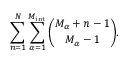
\sum _ { n = 1 } ^ { N } \sum _ { \alpha = 1 } ^ { M _ { \mathrm { i n t } } } { \binom { M _ { \alpha } + n - 1 } { M _ { \alpha } - 1 } } .